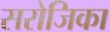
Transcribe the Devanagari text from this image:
सरोजिका